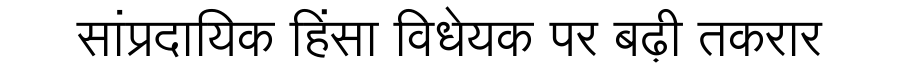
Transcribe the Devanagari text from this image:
सांप्रदायिक हिंसा विधेयक पर बढ़ी तकरार